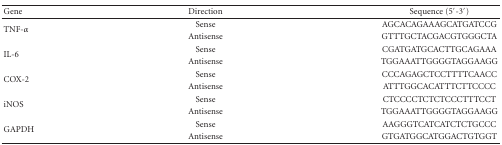
| Gene | Direction | Sequence (5′-3′) |
 | --- | --- | --- |
 | <ROWSPAN=2> TNF-α | Sense | AGCACAGAAAGCATGATCCG |
 | Antisense | GTTTGCTACGACGTGGGCTA |
 | <ROWSPAN=2> IL-6 | Sense | CGATGATGCACTTGCAGAAA |
 | Antisense | TGGAAATTGGGGTAGGAAGG |
 | <ROWSPAN=2> COX-2 | Sense | CCCAGAGCTCCTTTTCAACC |
 | Antisense | ATTTGGCACATTTCTTCCCC |
 | <ROWSPAN=2> iNOS | Sense | CTCCCCTCTCTCCCTTTCCT |
 | Antisense | TGGAAATTGGGGTAGGAAGG |
 | <ROWSPAN=2> GAPDH | Sense | AAGGGTCATCATCTCTGCCC |
 | Antisense | GTGATGGCATGGACTGTGGT |